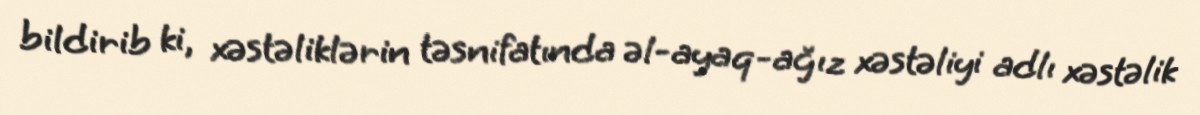
bildirib ki, xəstəliklərin təsnifatında əl-ayaq-ağız xəstəliyi adlı xəstəlik